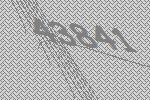
43841